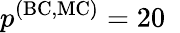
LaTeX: p^{\mathrm{(BC,MC)}}=20~\